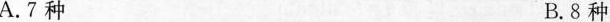
A.7种 B.8种